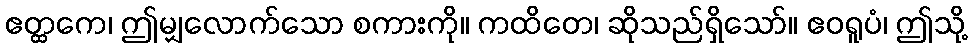
ဧတ္ထကေ၊ ဤမျှလောက်သော စကားကို။ ကထိတေ၊ ဆိုသည်ရှိသော်။ ဧဝရူပံ၊ ဤသို့